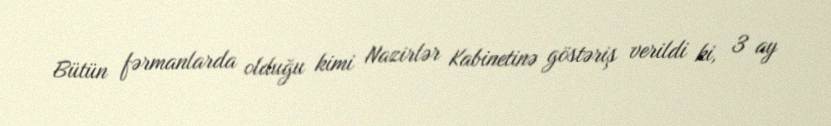
Bütün fərmanlarda olduğu kimi Nazirlər Kabinetinə göstəriş verildi ki, 3 ay